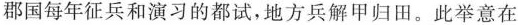
郡国每年征兵和演习的都试，地方兵解甲归田。此举意在